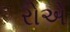
રોએ